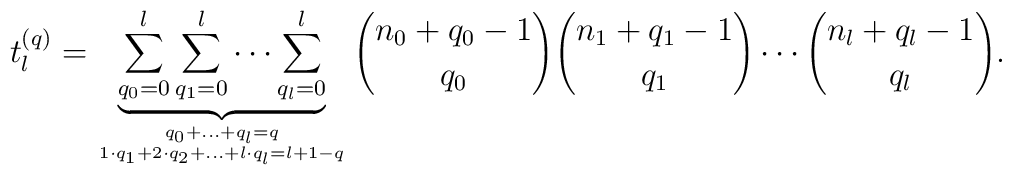
t^{(q)}_l =    \underbrace{\sum_{q_0=0}^l \sum_{q_1=0}^l \cdots \sum_{q_l=0}^l}_    {q_0 +\dots+ q_l = q \atop 1\cdot q_1 + 2\cdot q_2 +\dots+ l\cdot     q_l = l+1-q }    { n_0 + q_0 - 1 \choose q_0 } { n_1 + q_1 - 1 \choose q_1 }    \cdots { n_l + q_l - 1 \choose q_l }.